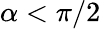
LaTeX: \alpha<\pi/2